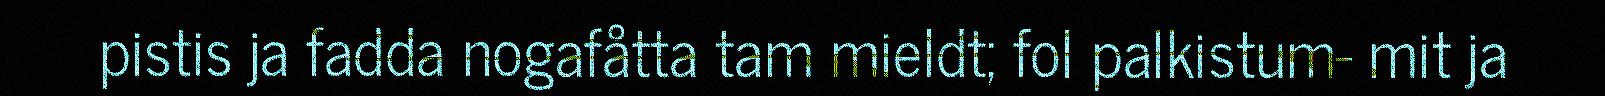
pistis ja fadda nogafåtta tam mieldt; fol palkistum- mit ja